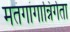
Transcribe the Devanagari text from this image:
मतंगांगान्निर्गता